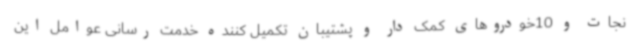
نجات و 10خودروهای کمک دار و پشتیبان تکمیل کننده خدمت رسانی عوامل این